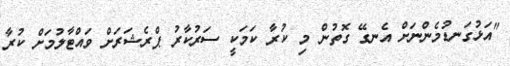
"އަޅުގަނޑުމެންނަށް އެނގޭ ގޮތުން މި ކުރާ ކަމަކީ ސަރުކާރު ޕްރެޝަރަށް ވައްޓާލުމަށް ކުރާ